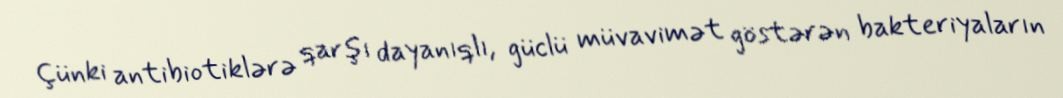
Çünki antibiotiklərə qarşı dayanıqlı, güclü müvavimət göstərən bakteriyaların